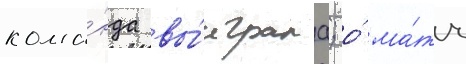
кома́нда вы́играла; о́ ма́тч